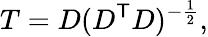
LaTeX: T=D(D^{\mathsf{T}}D)^{-{\frac{1}{2}}},